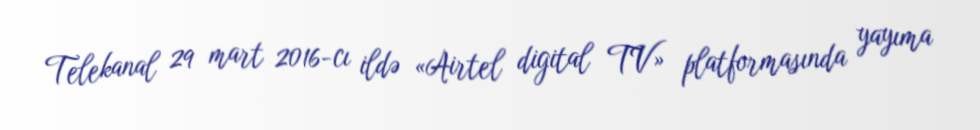
Telekanal 29 mart 2016-cı ildə «Airtel digital TV» platformasında yayıma